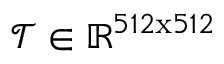
\mathcal { T } \in \mathbb { R } ^ { 5 1 2 \mathrm { x } 5 1 2 }